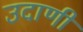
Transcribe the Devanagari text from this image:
उदाणी